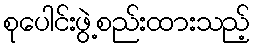
စုပေါင်းဖွဲ့စည်းထားသည့်